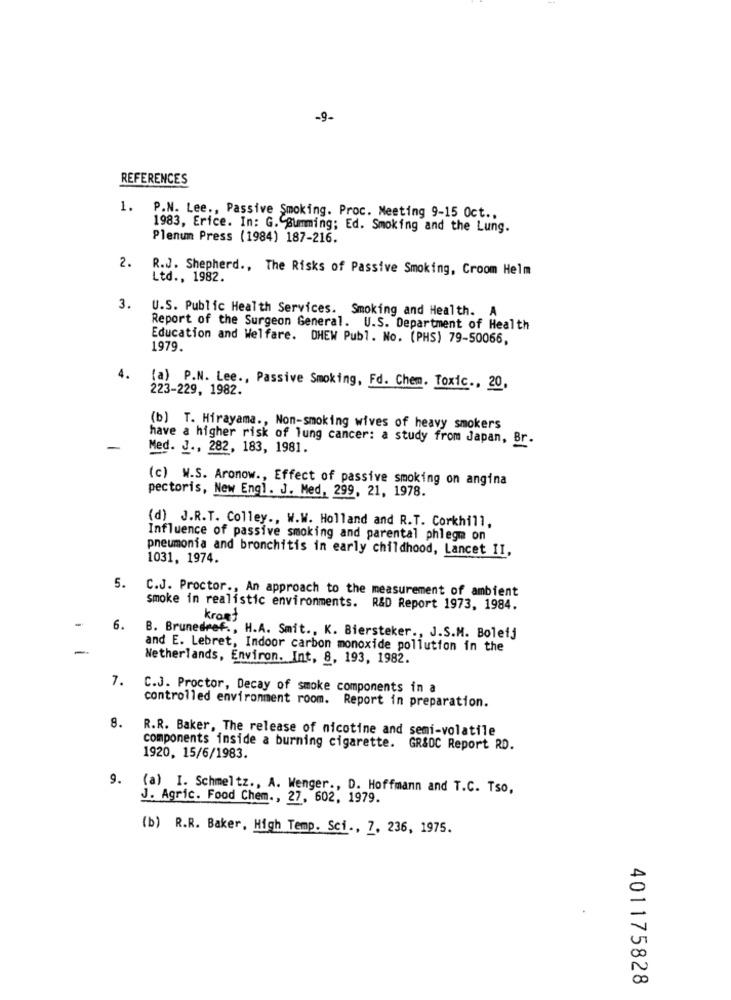
-9-
REFERENCES
1. P.N. Lee ., Passive Smoking. Proc. Meeting 9-15 Oct ..
1983, Erice. In: G.Caumming; Ed. Smoking and the Lung.
Plenum Press (1984) 187-216.
2.
R.J. Shepherd ., The Risks of Passive Smoking, Croom Helm
Ltd ., 1982.
3.
U.S. Public Health Services. Smoking and Health. A
Report of the Surgeon General. U.S. Department of Health
Education and Welfare. DHEW Publ. No. (PHS) 79-50066,
1979.
4.
(a) P.N. Lee ., Passive Smoking, Fd. Chem. Toxic ., 20,
223-229, 1982.
(b) T. Hirayama ., Non-smoking wives of heavy smokers
have a higher risk of lung cancer: a study from Japan, Br.
Med. J ., 282, 183, 1981.
(c) W.S. Aronow ., Effect of passive smoking on angina
pectoris, New Engl. J. Med, 299, 21, 1978.
(d) J.R.T. Colley ., W.W. Holland and R.T. Corkhill,
Influence of passive smoking and parental phlegm on
pneumonia and bronchitis in early childhood, Lancet II,
1031, 1974.
5.
C.J. Proctor ., An approach to the measurement of ambient
smoke in realistic environments. R&D Report 1973, 1984.
-
kroat
6.
B. Brunedref ., H.A. Smit ., K. Biersteker ., J.S.M. Boletj
and E. Lebret, Indoor carbon monoxide pollution in the
Netherlands, Environ. Int, 8, 193, 1982.
7.
C.J. Proctor, Decay of smoke components in a
controlled environment room. Report in preparation.
8.
R.R. Baker, The release of nicotine and semi-volatile
components inside a burning cigarette. GR&DC Report RD.
1920, 15/6/1983.
9.
(a) I. Schmeltz ., A. Wenger ., D. Hoffmann and T.C. Tso,
J. Agric. Food Chem ., 27, 602, 1979.
(b) R.R. Baker, High Temp. Sci ., 7, 236, 1975.
401175828